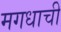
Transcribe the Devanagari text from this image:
मगधाची